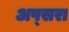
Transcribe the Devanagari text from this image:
अप्‍सरा